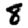
Digit: 8